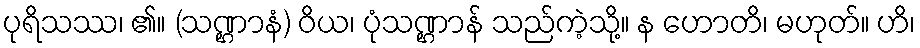
ပုရိသဿ၊ ၏။ (သဏ္ဌာနံ) ဝိယ၊ ပုံသဏ္ဌာန် သည်ကဲ့သို့။ န ဟောတိ၊ မဟုတ်။ ဟိ၊